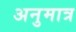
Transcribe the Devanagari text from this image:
अनुमात्र